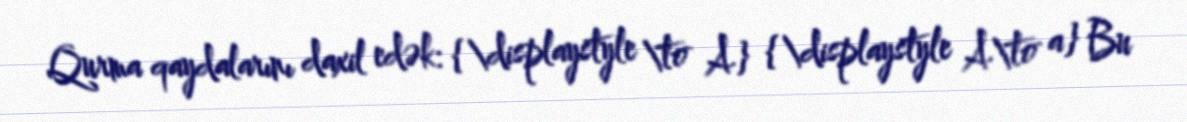
Qurma qaydalarını daxil edək: {\displaystyle \to A} {\displaystyle A\to a} Bu